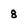
Character: 8